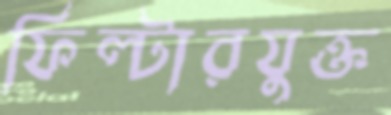
ফিল্টারযুক্ত